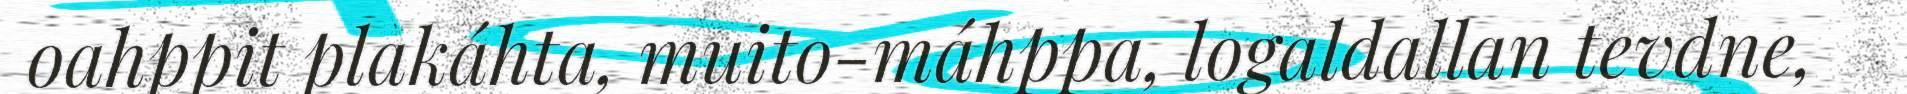
oahppit plakáhta, muito-máhppa, logaldallan tevdne,